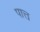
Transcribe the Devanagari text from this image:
पात्त